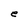
Character: e